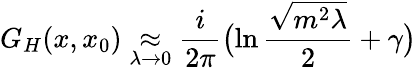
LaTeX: G_{H}(x,x_{0})\mathrel{\mathop{\approx}_{\lambda\rightarrow 0}}{\frac{i}{2\pi}}\bigl(\ln{\frac{\sqrt{m^{2}\lambda}}{2}}+\gamma\bigr)